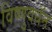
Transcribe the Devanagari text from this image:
विष्णुवधॅन